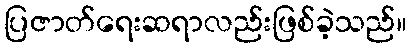
ပြဇာတ်ရေးဆရာလည်းဖြစ်ခဲ့သည်။